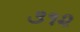
૩૧૨